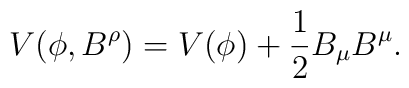
V(\phi,B^{\rho})=V(\phi)+\frac{1}{2}B_{\mu}B^{\mu} .